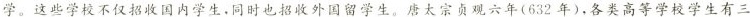
学。这些学校不仅招收国内学生，同时也招收外国留学生。唐太宗贞观六年(632年)，各类高等学校学生有三